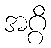
အဂ္ဂိ